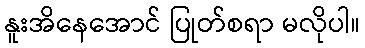
နူးအိနေအောင် ပြုတ်စရာ မလိုပါ။